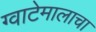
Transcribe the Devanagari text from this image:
ग्वाटेमालाचा